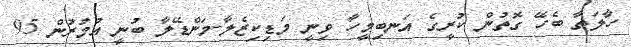
ހާލަތާ ބެހޭ ގޮތުން ކުރީގެ އަނބިމީހާ ވިނީ މަޑިކިޒެލާ-މަންޑޭލާ ބުނީ އުމުރުން 95